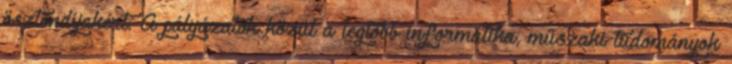
ösztöndíjakért. A pályázatok közül a legtöbb informatika, műszaki tudományok